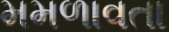
મમળાવતા